Indian journal of veterinary science and animal husbandry - Volumes 26-27, 1956-1957
Year: 1956
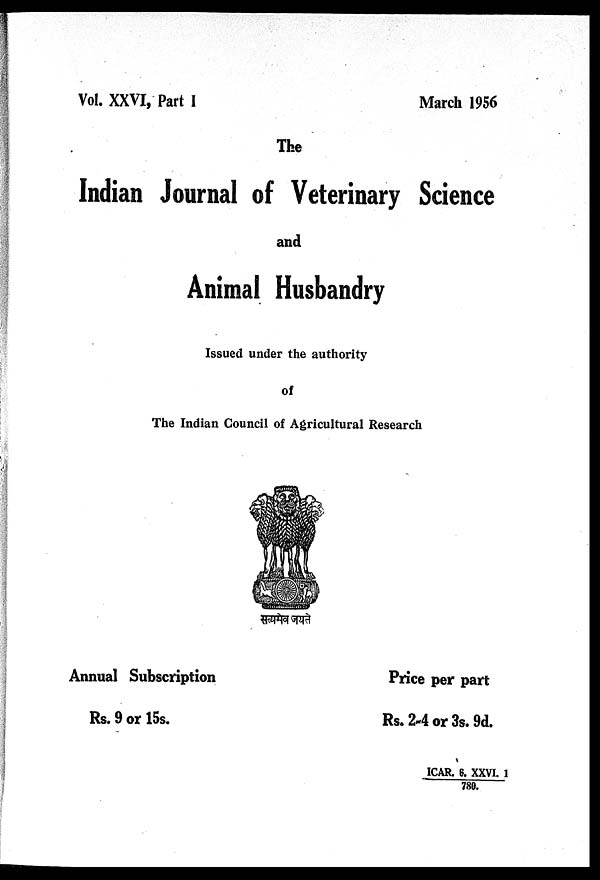
Vol. XXVI, Part I
March 1956
The
Indian Journal of Veterinary Science
and
Animal Husbandry
Issued under the authority
of
The Indian Council of Agricultural Research
Annual Subscription
Rs. 9 or 15s.
Price per part
Rs. 2-4 or 3s. 9d.
ICAR. 6. XXVI. 1
780.